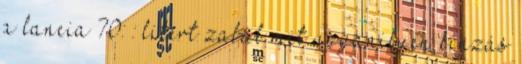
a lancia 70: : litert zabál mit ugyanilyen kinzás